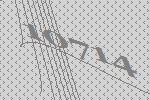
10714